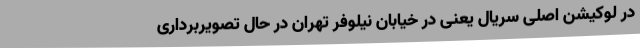
در لوکیشن اصلی سریال یعنی در خیابان نیلوفر تهران در حال تصویربرداری